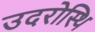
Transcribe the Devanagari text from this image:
उदरोस्थि